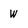
Character: w